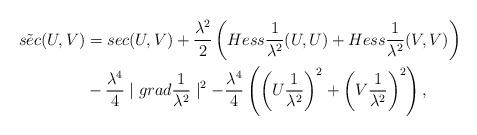
LaTeX: \begin{align*}\tilde{sec}(U, V)&= sec(U, V) + \frac{\lambda^2}{2} \left( Hess\frac{1}{\lambda^2} (U, U) + Hess\frac{1}{\lambda^2} (V, V)\right) \\& - \frac{\lambda^4}{4} \mid grad \frac{1}{\lambda^2}\mid^2 - \frac{\lambda^4}{4}\left( \left( U\frac{1}{\lambda^2}\right)^2 + \left( V \frac{1}{\lambda^2}\right)^2 \right),\end{align*}